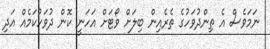
ނަމަވެސް އެ ތިންދުވަހުގެ ތެރެއިން ބިލަށް ވޯޓަށް އަހަނީ ކޮން ދުވަހުކަމެއް އަދި